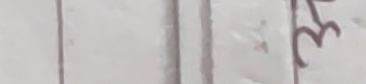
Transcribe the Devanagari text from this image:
३